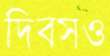
দিবসও